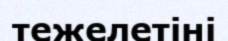
тежелетіні